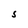
Character: S